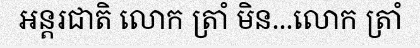
អន្តរជាតិ លោក ត្រាំ មិន...លោក ត្រាំ